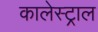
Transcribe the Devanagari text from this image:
कालेस्ट्राल